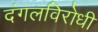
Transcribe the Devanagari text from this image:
दंगलविरोधी